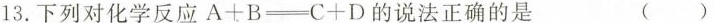
13.下列对化学反应$$A+B\xlongequal [ ] {}C+D$$的说法正确的是 ( )